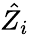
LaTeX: \hat{Z_{i}}